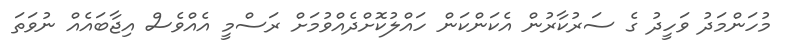
މުހަންމަދު ވަހީދު ގެ ސަރުކާރުން އެކަންކަން ހައްލުކޮށްދެއްވުމަށް ރަސްމީ އެއްވެސް އިޖާބައެއް ނުވަތަ